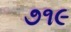
૭૧૯